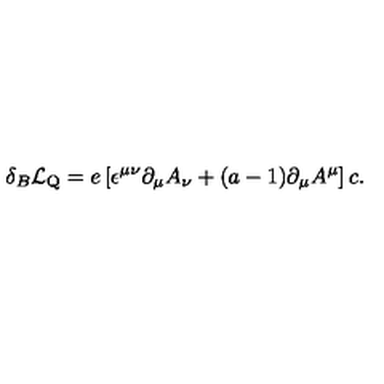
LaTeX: \delta _ { B } { \cal L } _ { \mathrm { Q } } = e \left[ \epsilon ^ { \mu \nu } \partial _ { \mu } A _ { \nu } + ( a - 1 ) \partial _ { \mu } A ^ { \mu } \right] c .